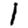
Digit: 1